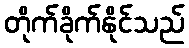
တိုက်ခိုက်နိုင်သည်